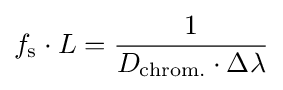
f_{\text{s}}\cdot L={\frac {1}{D_{\text{chrom.}}\cdot \Delta \lambda }}